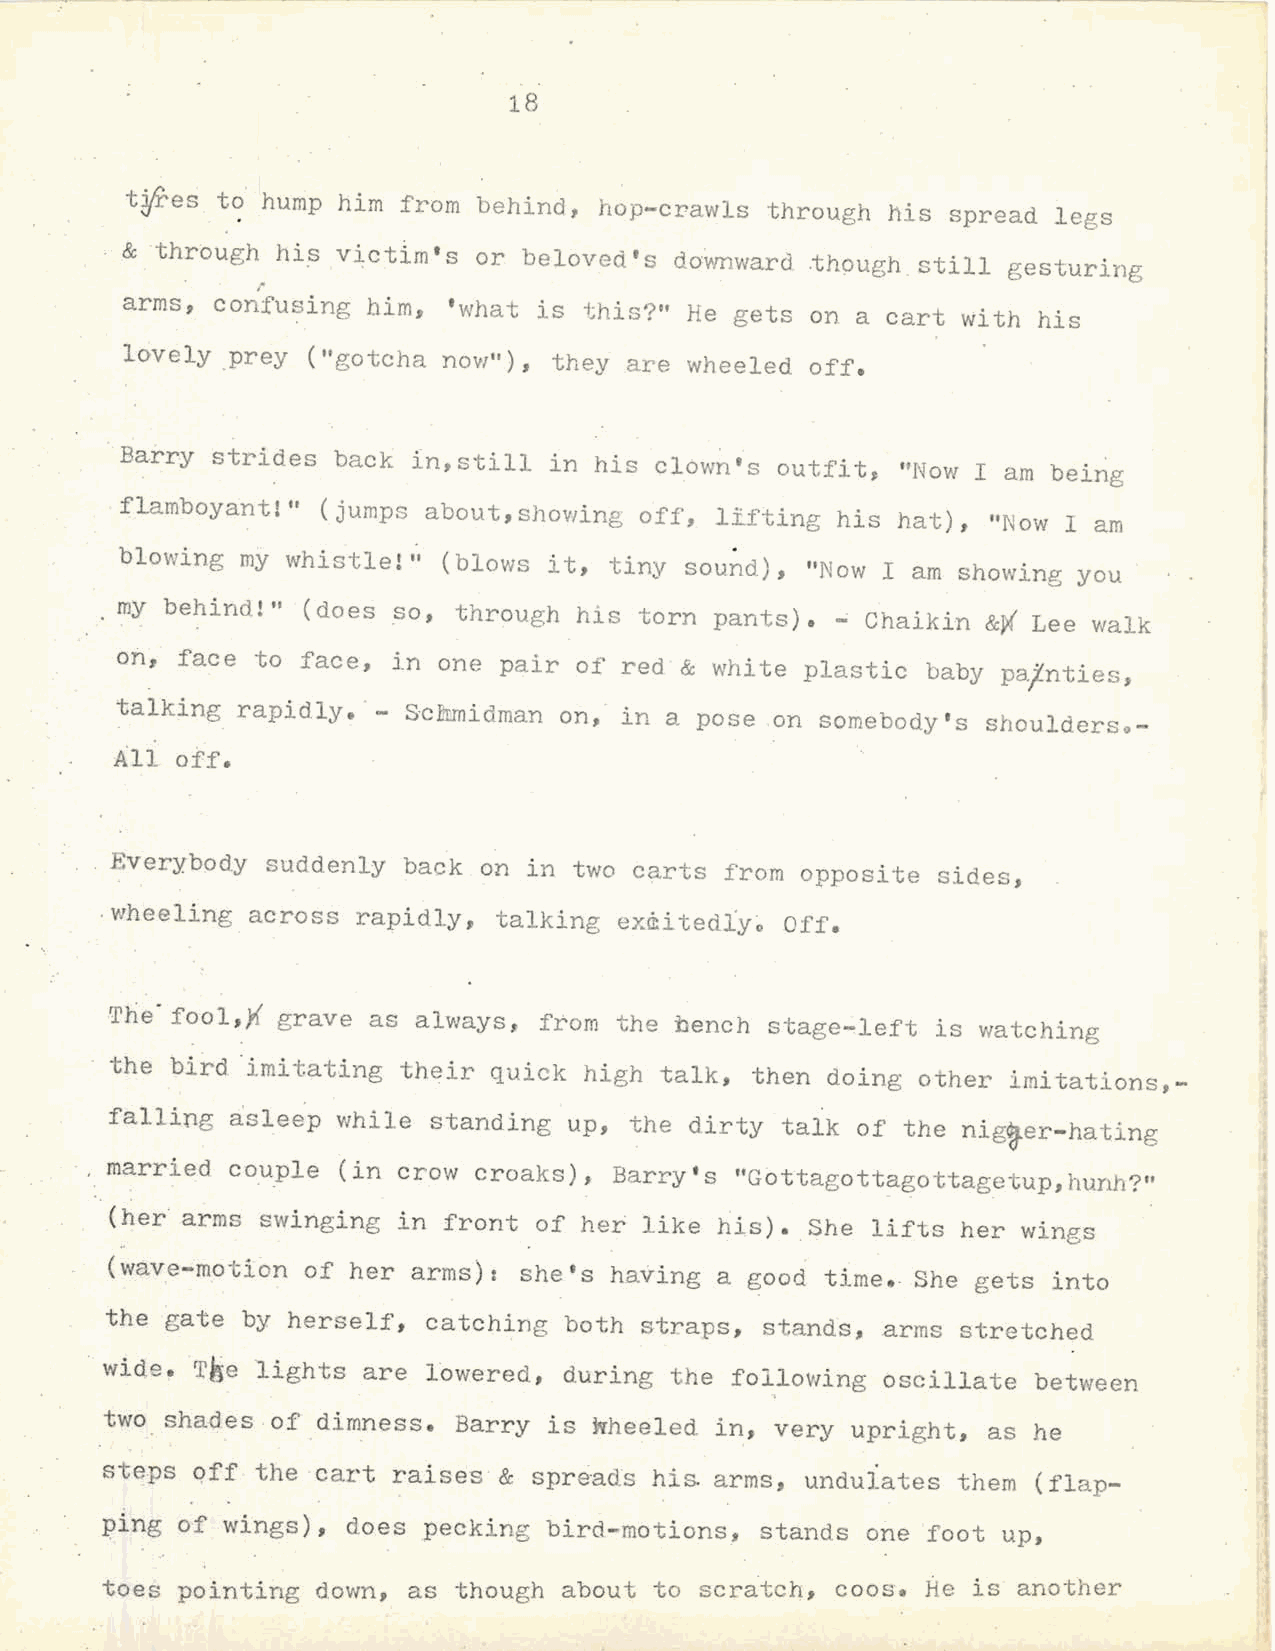
18
 tfres t~ hump him  from behind, hop-crawls through his spread legs
 & through hi_s victim's or beloved's doWnward .though. still gesturing
 r
 arms, confusing him,  'what is this?" He gets on a cart with his
 lovely _prey ("gotcha now"), they are wheeled off.
 Barry strides back in,still in his clown's outfit,  "Now I am being
 -flamboyant! " (jumps about,showing off, l.ifting his hat) , "Now I am
 blowing my whistle!" (blows it, tiny sound), "Now I am showing you
 . my behind!" (does so, thr~ugh his torn pants) • ..; Chaikin &~ Lee walk
 on, face to face, in one pair of red & white plastic baby pajnties,
 talking rapidly. ·- Scllunidman on, in a pose .on somebody 's shoulderso-
 All off.
 Everybody  suddenly back on in two carts from opposite sides,
 -wheeling across rapidly, talking ex&itediy~ Off.
 The· fool,~ grave as always, from the bench stage~left is watching
 the bird ·imitating their quick high talk, then doing other imitations,
 falling asleep while  standing up, the dirty talk of the
 nig~er-hating
 married couple (in crow croaks),  Barry's "Gottagottagottagetup,hunh?"
 (her arms swinging in front  of her like his). She lifts her wings
 (wave-motion of her arms): she's having  a good time •. She gets into
 the gate by herself, catching both straps,  stands, arms stretched
 wide. Tke lights are 16wered, during the following oscillate  between
 two shades -of dimness. Barry is ~heeled in, very upright, as he
 steps off. the cart raises & spreads his arms, undulates them (flap
 ping of wings), does pecking bird-motions, stands one foot up,
 toes pointing down, as though about to scratch, coos. He is another